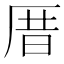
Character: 厝